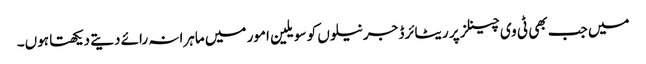
میں جب بھی ٹی وی چینلز پر ریٹائرڈ جرنیلوں کو سویلین امور میں ماہرانہ رائے دیتے دیکھتا ہوں۔